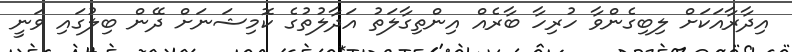
އިދާރާއަކަށް ލިބިގެންވާ ހުރިހާ ބާރެއް އިންތިގާލަތު އަދާލުތުގެ ކޮމިޝަނަށް ދޭން ބިލުގައި ވަނީ